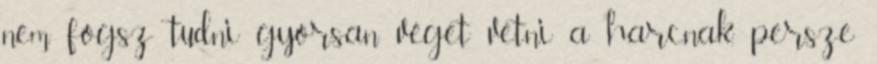
nem fogsz tudni gyorsan véget vetni a harcnak, persze